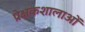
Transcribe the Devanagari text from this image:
प्रेक्षकशालाओं